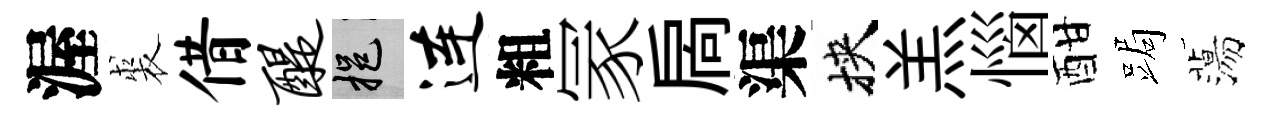
渥裘借醍挹连粗冡扄渠挾羔惱酣跼蕩